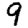
Digit: 9